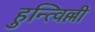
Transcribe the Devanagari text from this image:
हुन्त्विल्ली